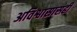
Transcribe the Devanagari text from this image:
अविश्वासासही